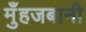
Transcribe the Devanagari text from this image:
मुँहजबानी